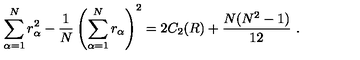
\sum _ { \alpha = 1 } ^ { N } r _ { \alpha } ^ { 2 } - \frac { 1 } { N } \left( \sum _ { \alpha = 1 } ^ { N } r _ { \alpha } \right) ^ { 2 } = 2 C _ { 2 } ( R ) + \frac { N ( N ^ { 2 } - 1 ) } { 1 2 } \ .